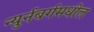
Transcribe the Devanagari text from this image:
न्युर्नबर्गमधील